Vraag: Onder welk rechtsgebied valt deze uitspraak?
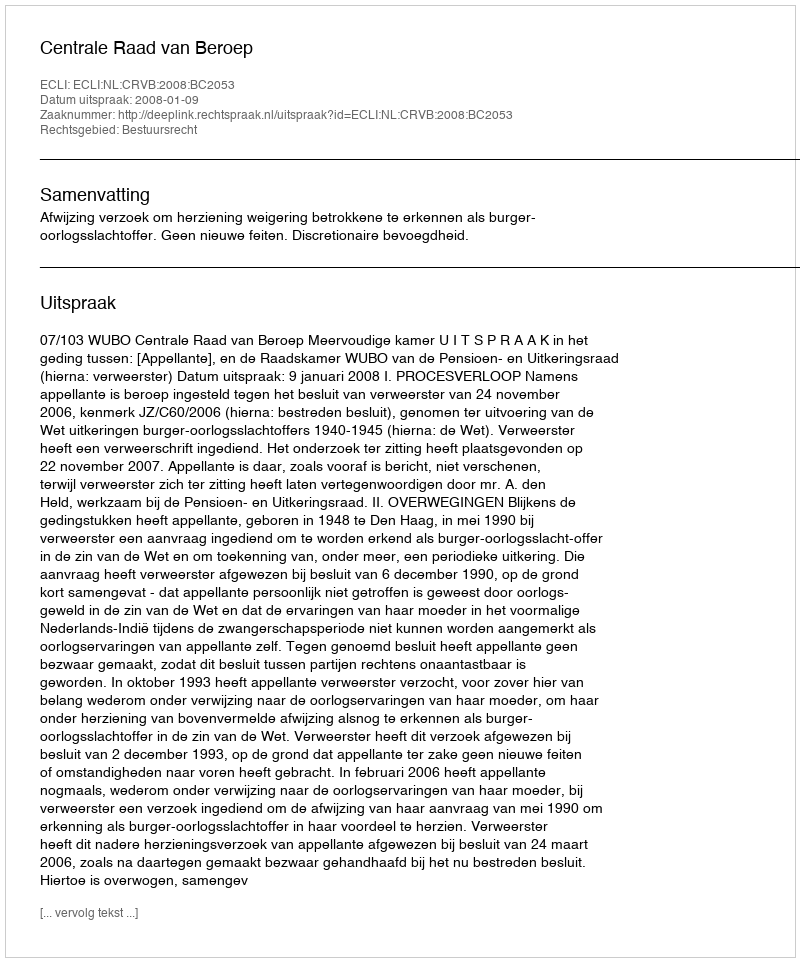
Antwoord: Bestuursrecht